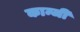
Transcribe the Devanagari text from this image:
कान्जी